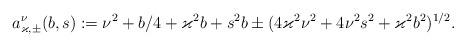
LaTeX: \begin{align*} a^\nu_{\varkappa, \pm}(b, s):= \nu^2 +b/4 +\varkappa^2b +s^2b \pm(4\varkappa^2\nu^2 +4\nu^2s^2 +\varkappa^2b^2)^{1/2}.\end{align*}